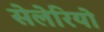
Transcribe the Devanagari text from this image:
सेलेरियो